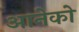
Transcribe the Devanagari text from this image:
आनेको